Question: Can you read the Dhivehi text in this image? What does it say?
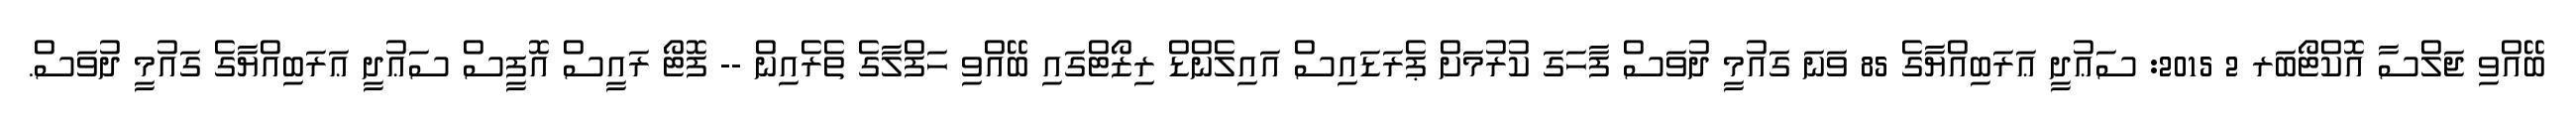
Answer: ބޭއްވި ޖަލްސާ އޮކްޓޯބަރ 2 2015: ސަޢުދީ ޢަރަބިއްޔާގެ 85 ވަނަ ގައުމީ ދުވަސް ފާހަގަ ކުރުމަށް ޕެރަޑައިސް އައިލެންޑް ރިޒޯޓްގައި ބޭއްވި ހަފްލާގެ ތެރެއިން -- ފޮޓޯ ރައީސް އޮފީސް ސަޢުދީ ޢަރަބިއްޔާގެ ގައުމީ ދުވަސް.